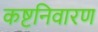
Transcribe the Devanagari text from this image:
कष्टनिवारण